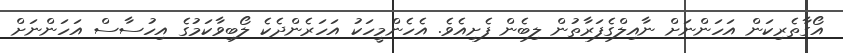
އޯގާތެރިކަން އަހަންނަށް ނާއިލްގެފަރާތުން ލިބެން ފެށިއެވެ. އެހެންމީހަކު އަހަރެންދެކެ ލޯބިވާކަމުގެ އިހުސާސް އަހަންނަށް